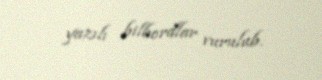
yazılı bilbordlar vurulub.